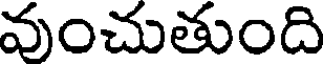
వుంచుతుంది